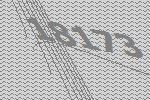
18173